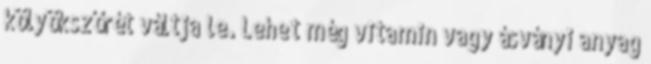
kölyökszőrét váltja le. Lehet még vitamin vagy ásványi anyag